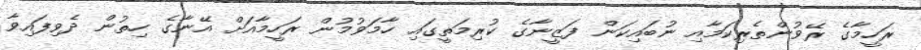
ރަހީމާގެ ރޭވުންތެރިކަމާއި ނުބައިކަން ފަޒީނާގެ ކުރިމަތީގައި ހާމަވުމުން ރަހީމާއަށް އޭނާގެ ހިތުން ދެވިފައިވާ